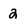
Character: 2